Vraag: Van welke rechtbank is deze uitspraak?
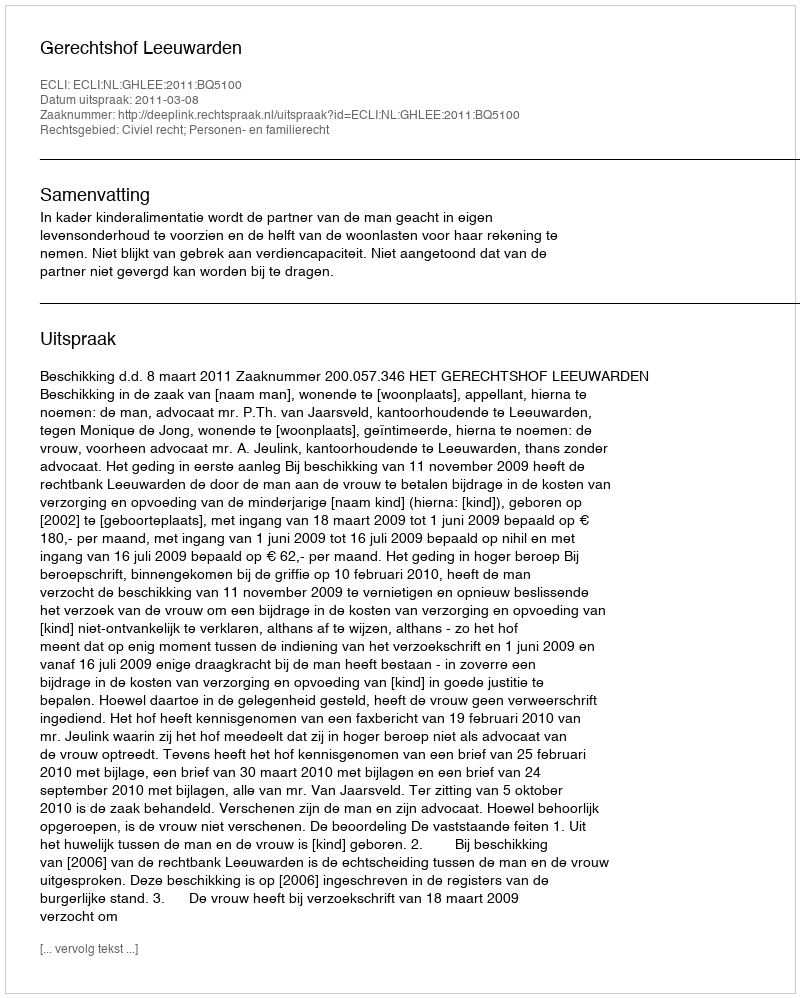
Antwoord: Gerechtshof Leeuwarden